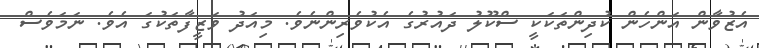
އެޒުވާން އަންހެން ކުދިންތަކަކީ ސްކޫލު ދައުރުގެ އެކުވެރިންނެވެ. މިއަދު ވަޒީފާތަކުގަ އެވެ. ނަމަވެސް